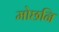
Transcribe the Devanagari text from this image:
मोछनि